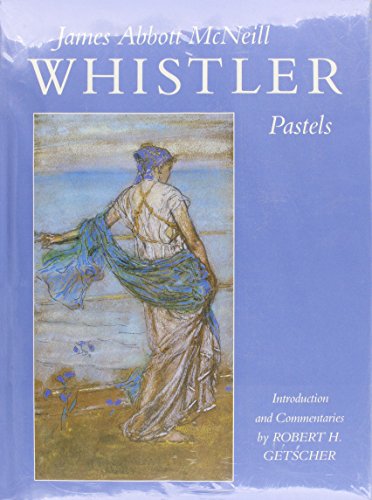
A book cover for James Abbott McNeill Whistler: Pastels; James McNeill Whistler; Arts & Photography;